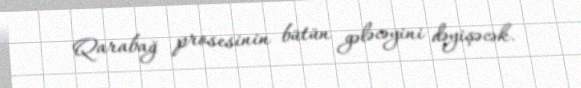
Qarabağ prosesinin bütün gələcəyini dəyişəcək.